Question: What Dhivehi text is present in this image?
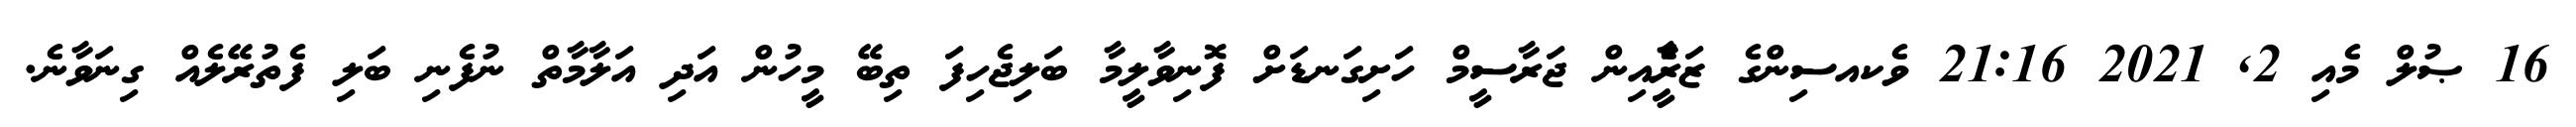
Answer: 16 ޞުލް މެއި 2, 2021 21:16 ވެކއސިންގެ ޒަރީެާއިން ޖަރާސީމް ހަށިގަނޑަށް ފޮނިވާލީމާ ބަލިޖެހިފަ ތިބޭ މީހުން އަދި އަލާމާތް ނުފެނި ބަލި ފެތުރޭލެއް ގިނަވާނެ.